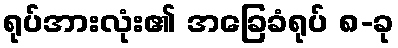
ရုပ်အားလုံး၏ အခြေခံရုပ် ၈-ခု